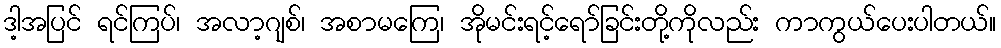
ဒါ့အပြင် ရင်ကြပ်၊ အလာ့ဂျစ်၊ အစာမကြေ၊ အိုမင်းရင့်ရော်ခြင်းတို့ကိုလည်း ကာကွယ်ပေးပါတယ်။